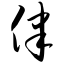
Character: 律